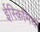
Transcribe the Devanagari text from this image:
ईस्किमिया